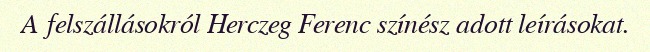
A felszállásokról Herczeg Ferenc színész adott leírásokat.